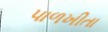
પાળખીતા